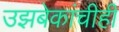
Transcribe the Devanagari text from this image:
उझबेकांचीही